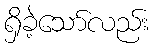
ရှိခဲ့သော်လည်း